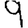
Digit: 9